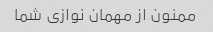
ممنون از مهمان نوازی شما